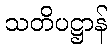
သတိပဋ္ဌာန်